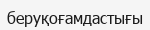
беруқоғамдастығы